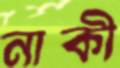
নাকী